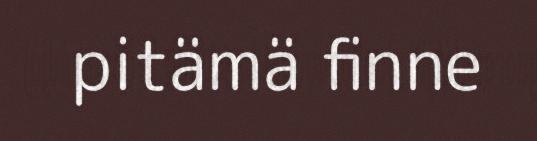
pitämä finne